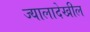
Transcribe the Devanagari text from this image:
ज्यालादेखील